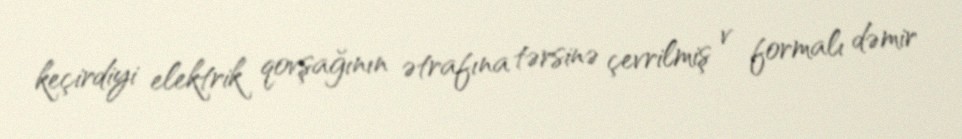
keçirdiyi elektrik qovşağının ətrafına tərsinə çevrilmiş v formalı dəmir